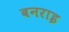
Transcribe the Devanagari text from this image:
बनराइ